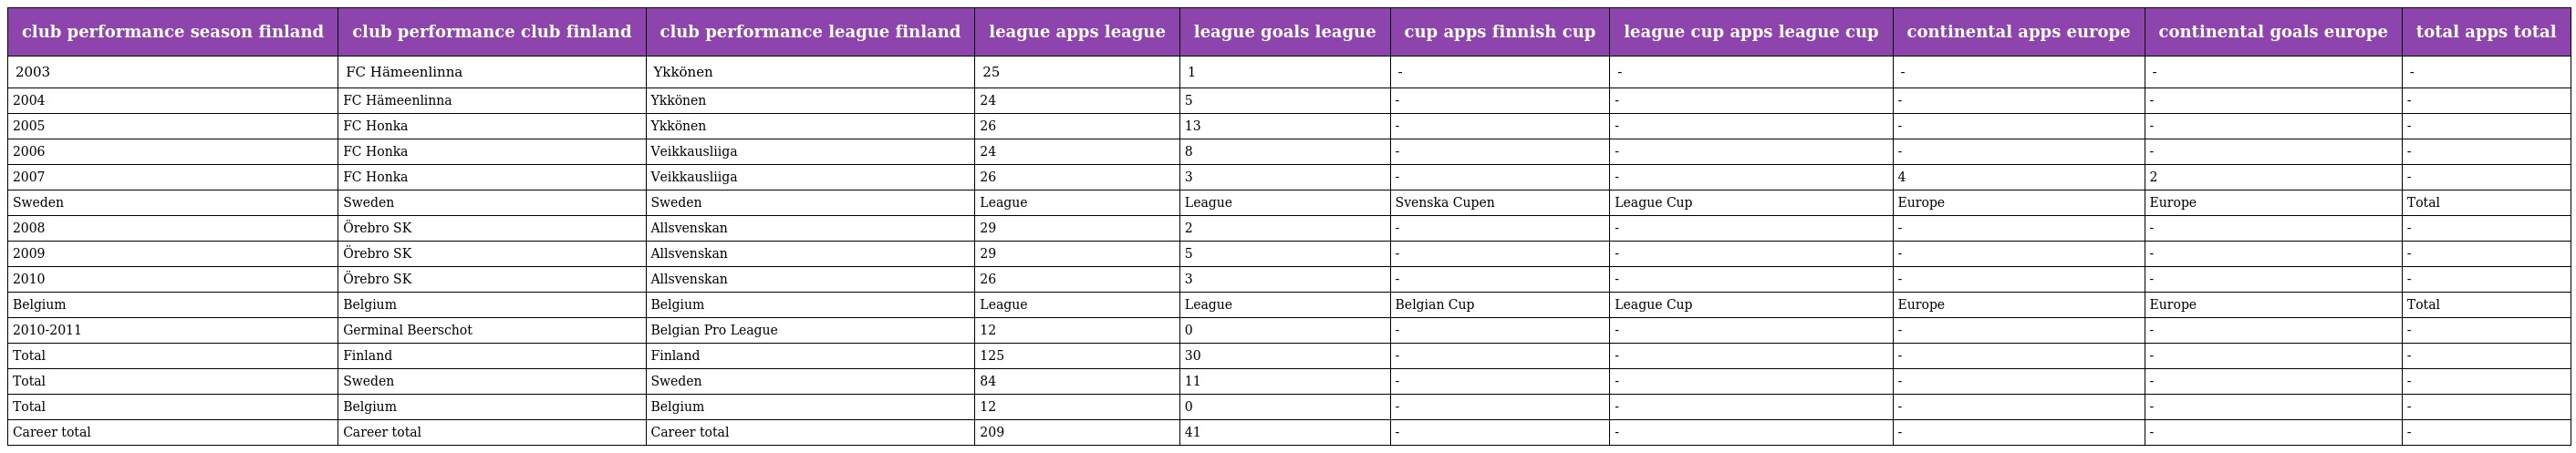
| club performance season finland | club performance club finland | club performance league finland | league apps league | league goals league | cup apps finnish cup | league cup apps league cup | continental apps europe | continental goals europe | total apps total |
 | --- | --- | --- | --- | --- | --- | --- | --- | --- | --- |
 | 2003 | FC Hämeenlinna | Ykkönen | 25 | 1 | - | - | - | - | - |
 | 2004 | FC Hämeenlinna | Ykkönen | 24 | 5 | - | - | - | - | - |
 | 2005 | FC Honka | Ykkönen | 26 | 13 | - | - | - | - | - |
 | 2006 | FC Honka | Veikkausliiga | 24 | 8 | - | - | - | - | - |
 | 2007 | FC Honka | Veikkausliiga | 26 | 3 | - | - | 4 | 2 | - |
 | Sweden | Sweden | Sweden | League | League | Svenska Cupen | League Cup | Europe | Europe | Total |
 | 2008 | Örebro SK | Allsvenskan | 29 | 2 | - | - | - | - | - |
 | 2009 | Örebro SK | Allsvenskan | 29 | 5 | - | - | - | - | - |
 | 2010 | Örebro SK | Allsvenskan | 26 | 3 | - | - | - | - | - |
 | Belgium | Belgium | Belgium | League | League | Belgian Cup | League Cup | Europe | Europe | Total |
 | 2010-2011 | Germinal Beerschot | Belgian Pro League | 12 | 0 | - | - | - | - | - |
 | Total | Finland | Finland | 125 | 30 | - | - | - | - | - |
 | Total | Sweden | Sweden | 84 | 11 | - | - | - | - | - |
 | Total | Belgium | Belgium | 12 | 0 | - | - | - | - | - |
 | Career total | Career total | Career total | 209 | 41 | - | - | - | - | - |